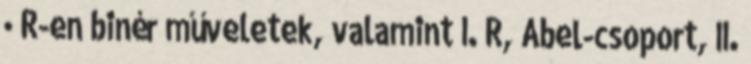
· R-en binér műveletek, valamint I. R, Abel-csoport, II.